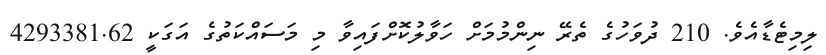
ލިމިޓެޑާއެވެ. 210 ދުވަހުގެ ތެރޭ ނިންމުމަށް ހަވާލުކޮށްފައިވާ މި މަސައްކަތުގެ އަގަކީ 4293381.62